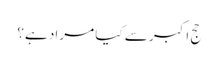
حج اکبر سے کیا مراد ہے؟